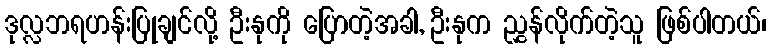
ဒုလ္လဘရဟန်းပြုချင်လို့ ဦးနုကို ပြောတဲ့အခါ, ဦးနုက ညွှန်လိုက်တဲ့သူ ဖြစ်ပါတယ်၊